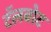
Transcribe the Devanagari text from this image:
टॅलबोट